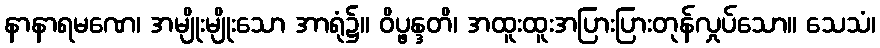
နာနာရမဏေ၊ အမျိုးမျိုးသော အာရုံ၌။ ဝိပ္ဖန္ဒတိ၊ အထူးထူးအပြားပြားတုန်လှုပ်သော။ သေသံ၊